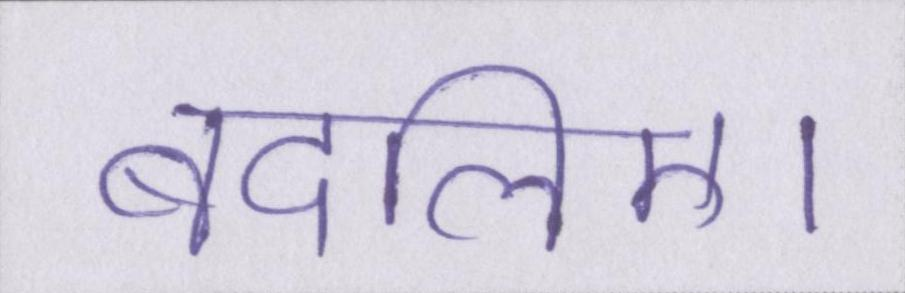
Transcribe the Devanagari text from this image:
बदलिए।